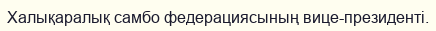
Халықаралық самбо федерациясының вице-президенті.